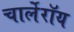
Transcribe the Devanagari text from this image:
चार्लेरॉय